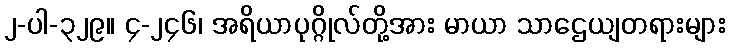
၂-ပါ-၃၂၉။ ၄-၂၄၆၊ အရိယာပုဂ္ဂိုလ်တို့အား မာယာ သာဌေယျတရားများ